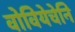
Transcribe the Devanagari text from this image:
वोवियेचेनि